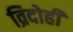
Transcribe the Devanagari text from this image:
व्रिदोही